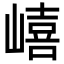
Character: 𡼎